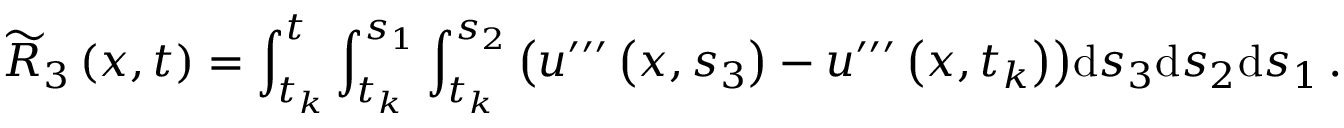
{ \widetilde R } _ { 3 } \left( x , t \right) = \int _ { { t } _ { k } } ^ { t } \int _ { { t } _ { k } } ^ { { s } _ { 1 } } \int _ { { t } _ { k } } ^ { { s } _ { 2 } } { \left( { u } ^ { { \prime } { \prime } { \prime } } \left( x , { s } _ { 3 } \right) - { u } ^ { { \prime } { \prime } { \prime } } \left( x , { t } _ { k } \right) \right) } { \mathrm { d } { s } _ { 3 } } { \mathrm { d } { s } _ { 2 } } { \mathrm { d } { s } _ { 1 } } \, .